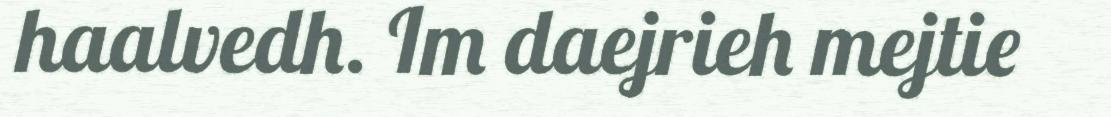
haalvedh. Im daejrieh mejtie